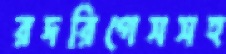
রদরিগেসসহ